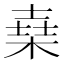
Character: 𣕫